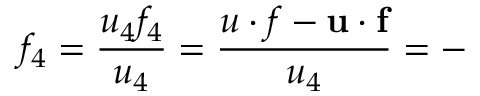
f _ { 4 } = \frac { u _ { 4 } f _ { 4 } } { u _ { 4 } } = \frac { u \cdot f - \mathbf { u } \cdot \mathbf { f } } { u _ { 4 } } = -